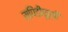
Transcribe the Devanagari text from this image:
सपिंडीपूर्वीं